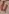
Text: 4